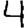
Digit: 4